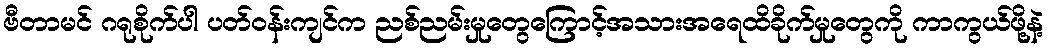
ဗီတာမင် ဂရုစိုက်ပါ ပတ်ဝန်းကျင်က ညစ်ညမ်းမှုတွေကြောင့်အသားအရေထိခိုက်မှုတွေကို ကာကွယ်ဖို့နဲ့